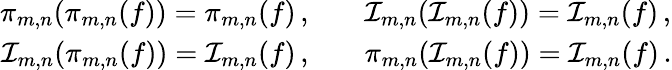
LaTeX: \begin{array}{rl}{\pi_{m,n}(\pi_{m,n}(f))=\pi_{m,n}(f)\, ,\quad}&{\mathcal{I}_{m,n}(\mathcal{I}_{m,n}(f))=\mathcal{I}_{m,n}(f)\, ,}\\ {\mathcal{I}_{m,n}(\pi_{m,n}(f))=\mathcal{I}_{m,n}(f)\, ,\quad}&{\pi_{m,n}(\mathcal{I}_{m,n}(f))=\mathcal{I}_{m,n}(f)\, .}\end{array}